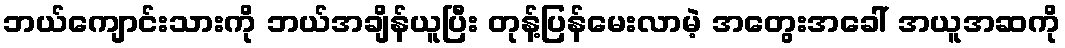
ဘယ်ကျောင်းသားကို ဘယ်အချိန်ယူပြီး တုန့်ပြန်မေးလာမဲ့ အတွေးအခေါ် အယူအဆကို